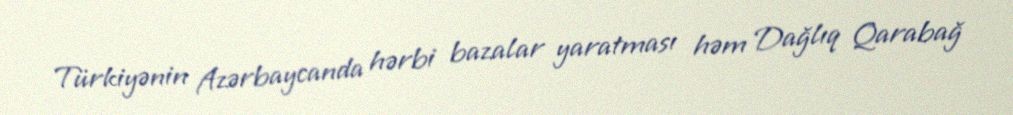
Türkiyənin Azərbaycanda hərbi bazalar yaratması həm Dağlıq Qarabağ